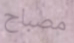
مصباح